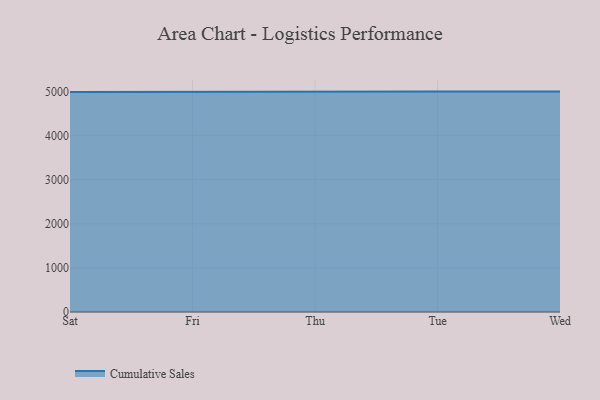
{"axis": {"x": "Day", "y": "Demand Index"}, "legend": ["Cumulative Sales"], "data": [{"x": "Sat", "y": 4992.8, "type": "Cumulative Sales"}, {"x": "Fri", "y": 5000, "type": "Cumulative Sales"}, {"x": "Thu", "y": 5000, "type": "Cumulative Sales"}, {"x": "Tue", "y": 5000, "type": "Cumulative Sales"}, {"x": "Wed", "y": 5000, "type": "Cumulative Sales"}]}